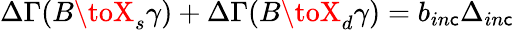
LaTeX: \Delta\Gamma(B\toX_{s}\gamma)+\Delta\Gamma(B\toX_{d}\gamma)=b_{in\mathsf{c}}\Delta_{in\mathsf{c}}